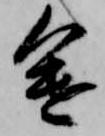
途